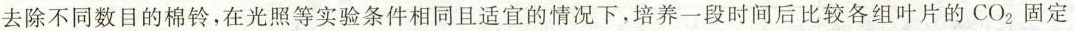
去除不同数目的棉铃，在光照等实验条件相同且适宜的情况下，培养一段时间后比较各组叶片的CO_{2}固定